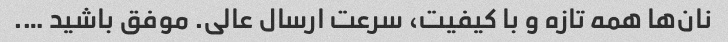
نان‌ها همه تازه و با کیفیت، سرعت ارسال عالی. موفق باشید ….